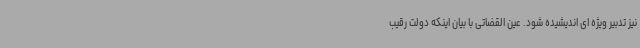
نیز تدبیر ویژه ای اندیشیده شود. عین القضاتی با بیان اینکه دولت رقیب